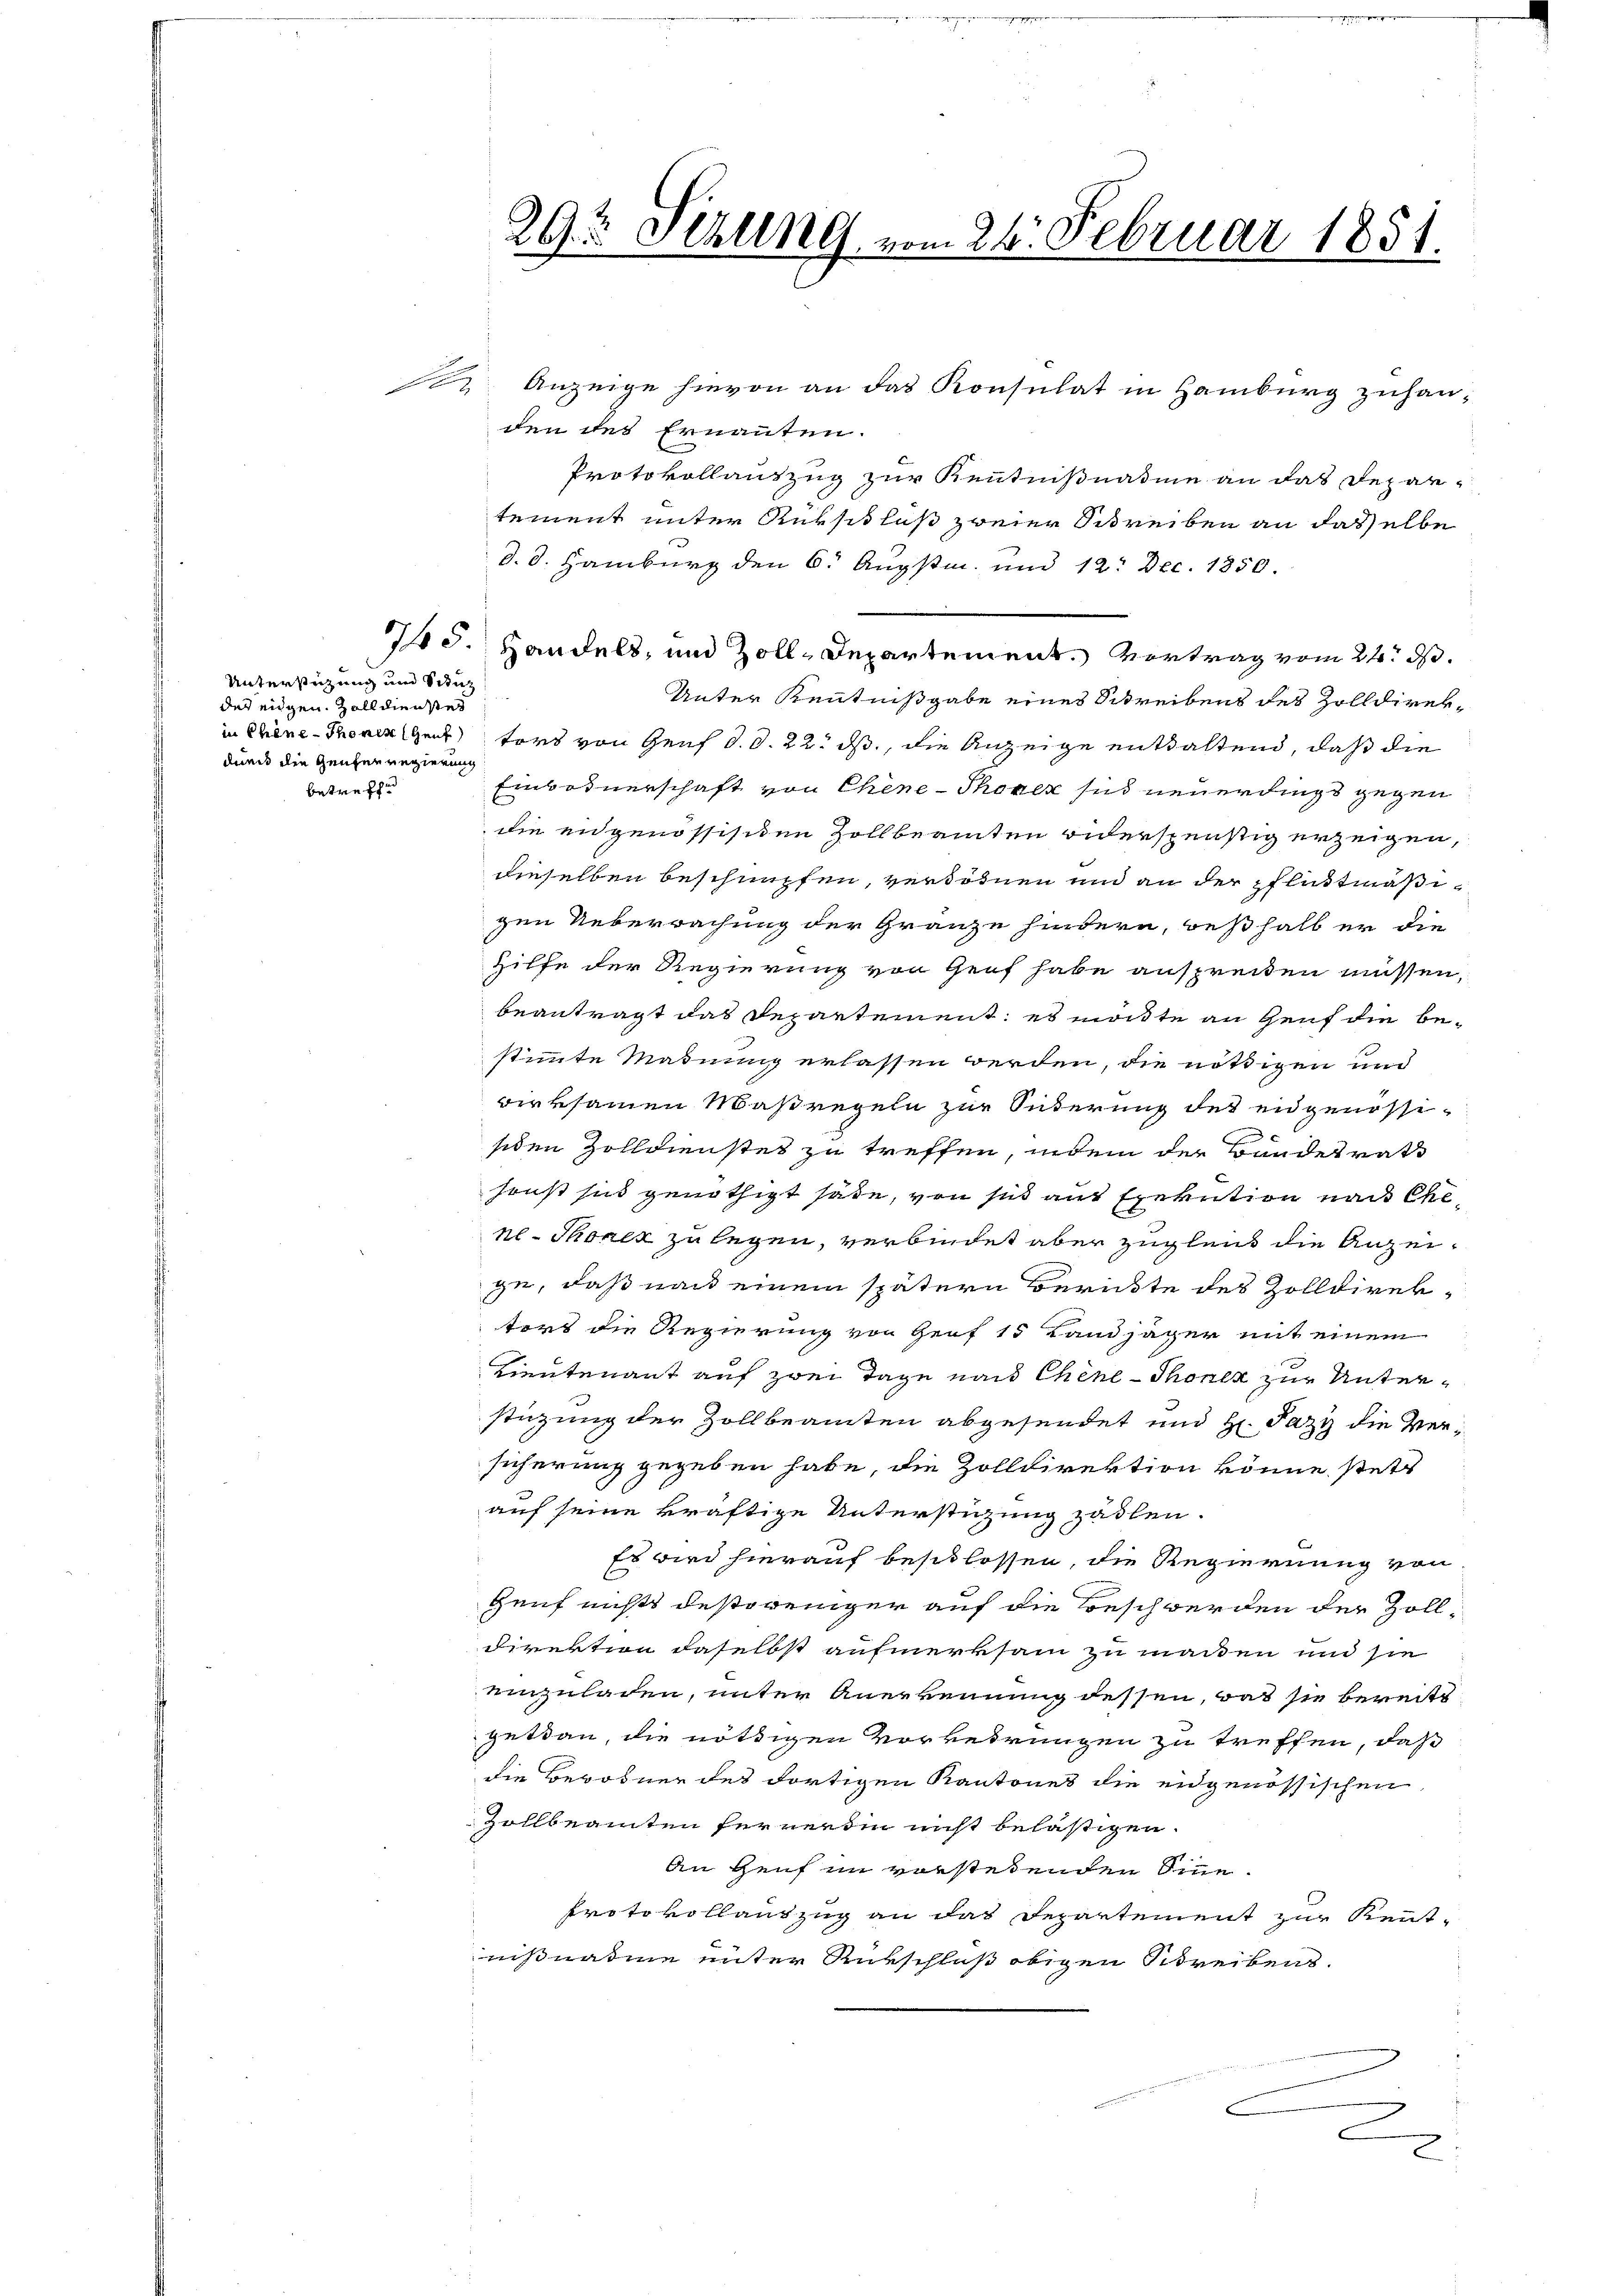
Unterstüzung und Stinz
des eidgen. Zoll dienstes
durch die Genferregierung
betreffe

1e Anzeige hievon an das Konsulat in Hamburg zuhanden des Ernannten.
Protokollauszug zur Kenntnißnahme an das Departement unter Rurschluß zweier Schreiben an dasselbe
d. d. Hamburg den 6. Augstm. und 12. Dec. 1850.
745. Handels, und Zoll-Departement. Vortrag vom 24. ds.
Unter Kenntnißgabe eines Schreibens des Zolldirekin Chine-Thomalent tors von Genf d. d. 22. ds., die Anzeige enthaltend, daß die
Einbosnerschaft von Chine-Thoren sich neuerdings gegen
die eigenössischen Zollbeamten widerspenstig erzeigen,
dieselben beschimpfen, verdodnen und an der Pflüttmäßigen Ueberrachung der Gränze hindern, weßhalb er die
Hilfe der Regierung von Genf habe anspreiden müssen,
beantragt das Departement; es möchte an Genf die bestimmte Mahnung erlassen werden, die nöthigen und
wirksamen Maßregeln zur Suterung des eidgenössisiden Zolldienstes zu treffen, indem der Bundesrath
sonst sind genöthigt sähe, von sie auf Exekution nach Chenl. Thonen zu legen, verbindet aber zugleich die Anzeige, daß nach einem spätern Berückte des Zolldirektors die Regierung von Genf 15 Landjäger mit einem
Lieutenant auf zwei Tage nach Chine-Thonen zur Unterstüzung der Zollbeamten abgesendet und H. Pazi die Versicherung gegeben habe, die Zolldirektion könne, stets
auf seine kräftige Unterstüzung zählen.
Es wird hierauf beschlossen, die Regierung von
Genf nichts destoweniger auf die Beschwerden der Zolldirektion daselbst aufmerksam zu machen und sie
einzuladen, unter Anerkennung dessen, das sie bereits
getan, die nöthigen Vorkehrungen zu treffen, daß
die Bewohner des dortigen Kantones die eidgenössischen
Zollbeamten ferwerden nicht belästigen.
An Genf im vorstehenden Sinne
Protokollantzug an das Departement zur Kenntnisnatine unter Rückschluß obigen Schreibens.
2

29t Sezung vom 26. Februar 1851.

r